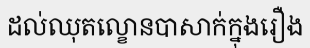
ដល់ឈុតល្ខោនបាសាក់ក្នុងរឿង